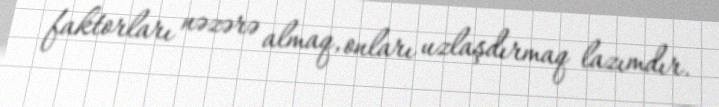
faktorları nəzərə almaq, onları uzlaşdırmaq lazımdır.